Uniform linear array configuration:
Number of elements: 64
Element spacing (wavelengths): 1
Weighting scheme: hamming
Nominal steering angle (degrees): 45
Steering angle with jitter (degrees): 44.742
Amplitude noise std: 0.05
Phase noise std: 0.05

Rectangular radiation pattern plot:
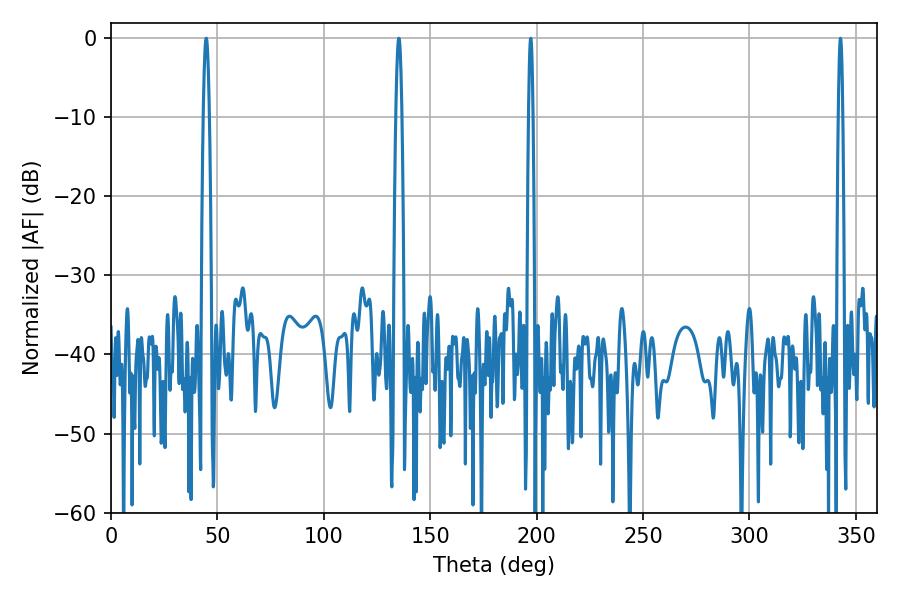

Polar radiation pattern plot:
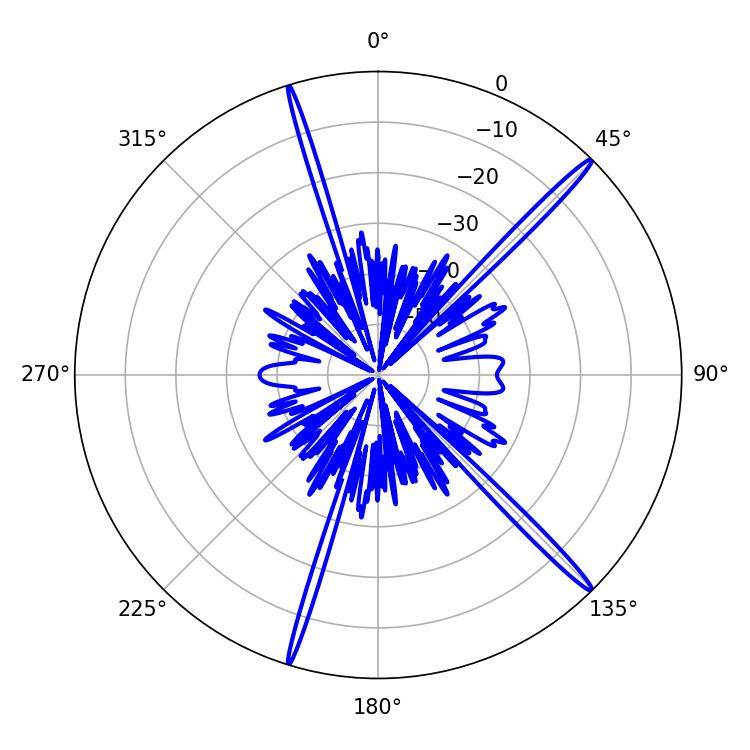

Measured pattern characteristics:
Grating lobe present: TRUE
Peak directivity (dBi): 18.266
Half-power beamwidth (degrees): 1.62
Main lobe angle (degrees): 135.18